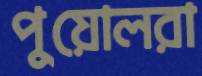
পুয়োলরা